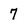
Character: 7